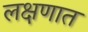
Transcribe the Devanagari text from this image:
लक्षणात